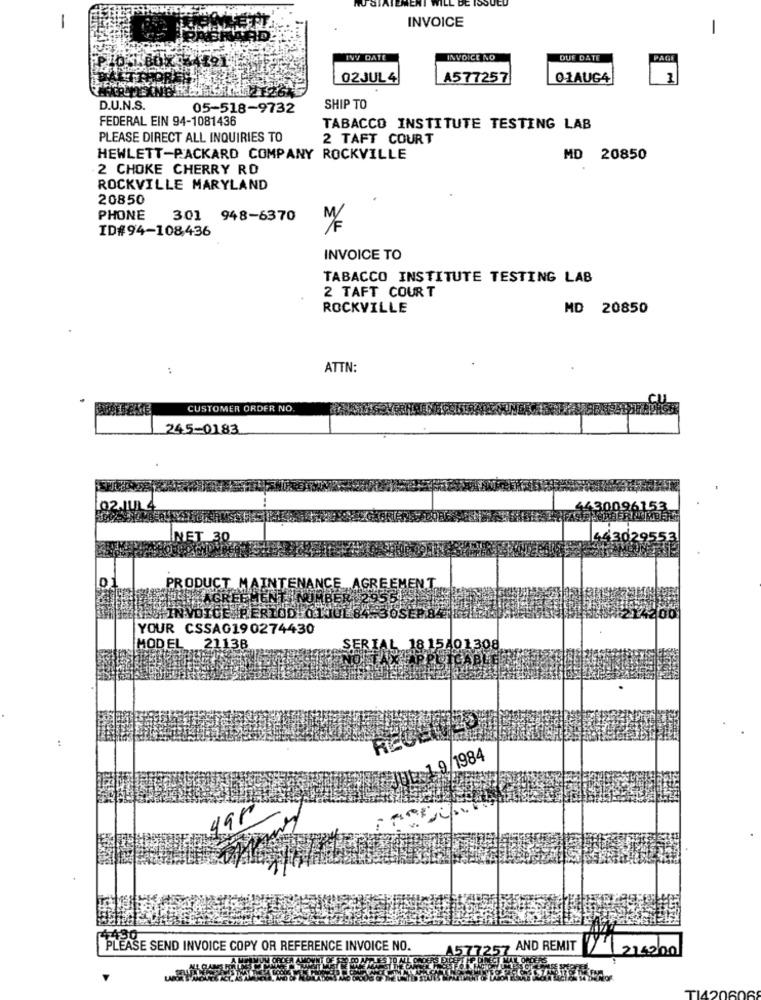
-
INVOICE
-
INY DATE
INVOICE NO
DUE DATE
PAGE
02JUL 4
A577257
01AUG4
D.U.N.S.
05-518-9732
SHIP TO
FEDERAL EIN 94-1081436
TABACCO INSTITUTE TESTING LAB
PLEASE DIRECT ALL INQUIRIES TO
2 TAFT COURT
HEWLETT-PACKARD COMPANY ROCKVILLE
MD 20850
2 CHOKE CHERRY RD
ROCKVILLE MARYLAND
20850
PHONE
301 948-6370
ID#94-108,436
INVOICE TO
TABACCO INSTITUTE TESTING LAB
2 TAFT COURT
ROCKVILLE
MD 20850
ATTN:
TIENE
CUSTOMER ORDER NO.
245-0183
02.JUL
430096153.
NET 30
ICE AGR
PRODUCT M
YOUR CSSAG190274430
MODEL 21138
18 15401308
19/1984
gar
PLEASE SEND INVOICE COPY OR REFERENCE INVOICE NO.
4577257 AND REMIT
214200
TI